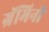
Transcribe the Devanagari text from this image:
ग्रॅमिनी